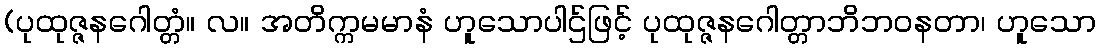
(ပုထုဇ္ဇနဂေါတ္တံ။ လ။ အတိက္ကမမာနံ ဟူသောပါဌ်ဖြင့် ပုထုဇ္ဇနဂေါတ္တာဘိဘဝနတာ၊ ဟူသော